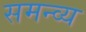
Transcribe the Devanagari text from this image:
समन्व्य